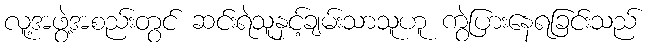
လူ့အဖွဲ့အစည်းတွင် ဆင်းရဲသူနှင့်ချမ်းသာသူဟူ ကွဲပြားနေရခြင်းသည်